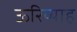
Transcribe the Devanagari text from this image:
ऊरिय्याह